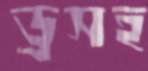
ড্রসহ